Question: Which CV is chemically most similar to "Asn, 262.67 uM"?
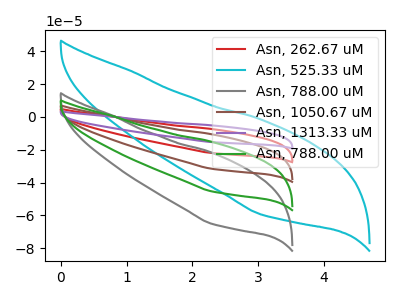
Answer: <think>The red curve "Asn, 262.67 uM" has no peaks. The cyan curve "Asn, 525.33 uM" has no peaks. The gray curve "Asn, 788.00 uM" has no peaks. The brown curve "Asn, 1050.67 uM" has no peaks. The purple curve "Asn, 1313.33 uM" has no peaks. The green curve "Asn, 788.00 uM" has no peaks.
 Neither "Asn, 262.67 uM" or "Asn, 525.33 uM" have any peaks. Neither "Asn, 262.67 uM" or "Asn, 788.00 uM" have any peaks. Neither "Asn, 262.67 uM" or "Asn, 1050.67 uM" have any peaks. Neither "Asn, 262.67 uM" or "Asn, 1313.33 uM" have any peaks. Neither "Asn, 262.67 uM" or "Asn, 788.00 uM" have any peaks. Neither "Asn, 525.33 uM" or "Asn, 788.00 uM" have any peaks. Neither "Asn, 525.33 uM" or "Asn, 1050.67 uM" have any peaks. Neither "Asn, 525.33 uM" or "Asn, 1313.33 uM" have any peaks. Neither "Asn, 525.33 uM" or "Asn, 788.00 uM" have any peaks. Neither "Asn, 788.00 uM" or "Asn, 1050.67 uM" have any peaks. Neither "Asn, 788.00 uM" or "Asn, 1313.33 uM" have any peaks. Neither "Asn, 788.00 uM" or "Asn, 788.00 uM" have any peaks. Neither "Asn, 1050.67 uM" or "Asn, 1313.33 uM" have any peaks. Neither "Asn, 1050.67 uM" or "Asn, 788.00 uM" have any peaks. Neither "Asn, 1313.33 uM" or "Asn, 788.00 uM" have any peaks.</think>
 <answer>"Asn, 262.67 uM", "Asn, 525.33 uM", "Asn, 1050.67 uM", "Asn, 1313.33 uM" and "Asn, 788.00 uM" have a similar shape to "Asn, 788.00 uM".</answer>
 <eval>"Asn, 262.67 uM" "Asn, 525.33 uM" "Asn, 1050.67 uM" "Asn, 1313.33 uM" "Asn, 788.00 uM"</eval>